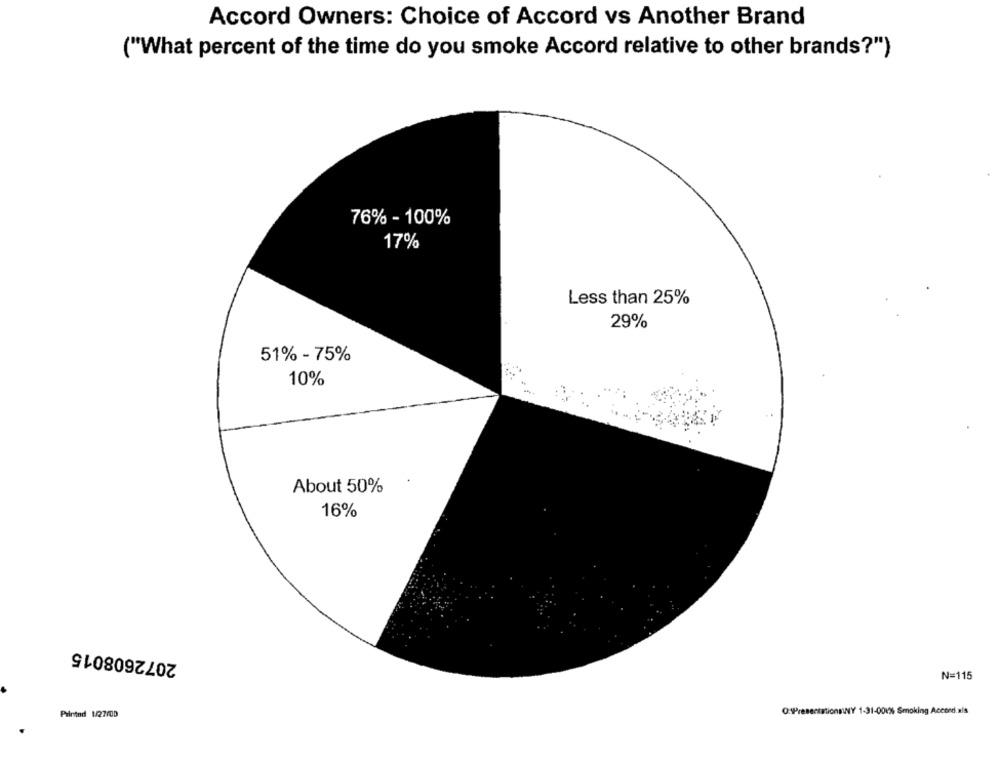
Accord Owners: Choice of Accord vs Another Brand
("What percent of the time do you smoke Accord relative to other brands?")
76% - 100%
17%
Less than 25%
29%
51% - 75%
10%
About 50%
16%
2072608015
N=115
Printed 1/22/00
O:1PresentationsNY 1-31-001% Smoking Accord.als